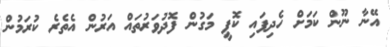
އޭނާ ނޫން ކަމަށް ހެދިފައި ކޮފީ މަގުން ފޮދުވަރުތައް އަރުން އެތެރެ ކުރަމުން